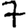
Digit: 7